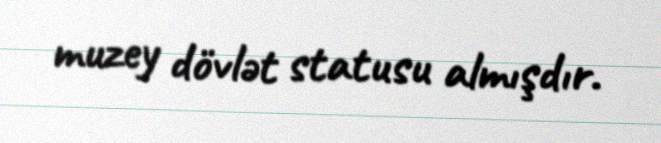
muzey dövlət statusu almışdır.